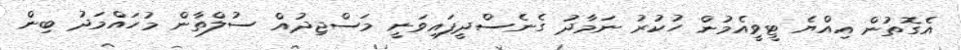
އެގޮތުން އިއްޔެ ޓީވީއެމުން ހުކުރު ނަމާދު ގެނެސްދީފައިވަނީ މަސްޖިދުއް ސުލްތާން މުހައްމަދު ބިން